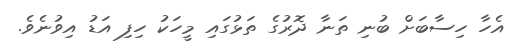
އެހާ ހިސާބަށް ބުނި ތަނާ ދޮރުގެ ތަޅުގައި މީހަކު ހިފި އަޑު އިވުނެވެ.